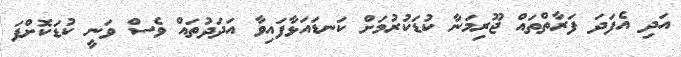
އަދި އެފަދަ ފަރާތްތައް ޖޫރިމަނާ ކުޑަކުރުމަށް ކަނޑައަޅާފައިވާ އަދަދުތައް ވެސް ވަނީ ކުޑަކޮށްފަ